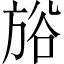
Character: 𣃺